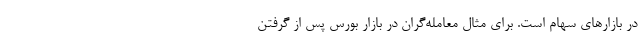
در بازارهای سهام است. برای مثال معامله‌گران در بازار بورس پس از گرفتن